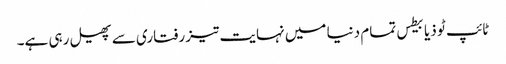
ٹائپ ٹو ذیابیطس تمام دنیا میں نہایت تیز رفتاری سے پھیل رہی ہے۔